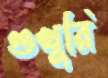
গুখুরি